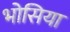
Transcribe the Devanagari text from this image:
भोसिया